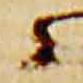
々